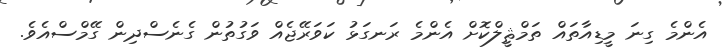
އެންމެ ގިނަ މީޑިއާތައް ތަމްޘީލްކޮށް އެންމެ ރަނގަޅު ކަވަރޭޖެއް ވަގުތުން ގެނެސްދިން ގޭމްސްއެވެ.